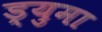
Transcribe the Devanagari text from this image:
ड्युमा